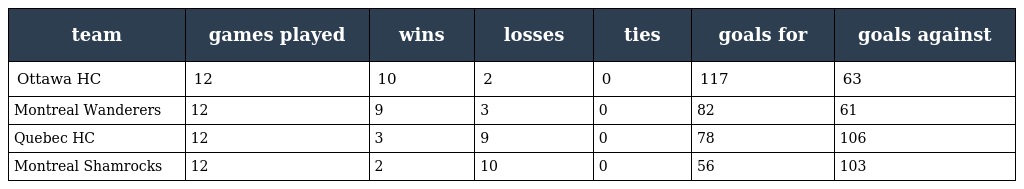
| team | games played | wins | losses | ties | goals for | goals against |
 | --- | --- | --- | --- | --- | --- | --- |
 | Ottawa HC | 12 | 10 | 2 | 0 | 117 | 63 |
 | Montreal Wanderers | 12 | 9 | 3 | 0 | 82 | 61 |
 | Quebec HC | 12 | 3 | 9 | 0 | 78 | 106 |
 | Montreal Shamrocks | 12 | 2 | 10 | 0 | 56 | 103 |